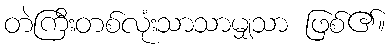
တဲကြီးတစ်လုံးသာသာမျှသာ ဖြစ်၏။